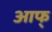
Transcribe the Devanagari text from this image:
आफ्